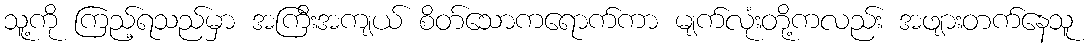
သူ့ကို ကြည့်ရသည်မှာ အကြီးအကျယ် စိတ်သောကရောက်ကာ မျက်လုံးတို့ကလည်း အဖျားတက်နေသူ